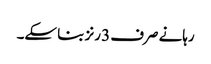
رہانے صرف 3 رنز بنا سکے۔